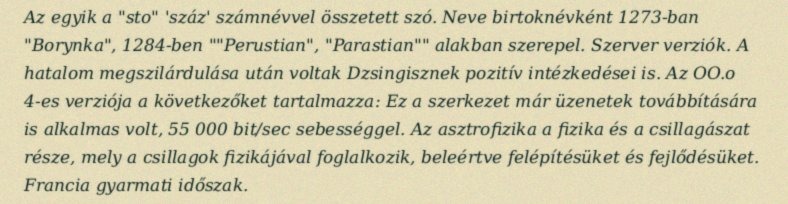
Az egyik a "sto" 'száz' számnévvel összetett szó. Neve birtoknévként 1273-ban "Borynka", 1284-ben ""Perustian", "Parastian"" alakban szerepel. Szerver verziók. A hatalom megszilárdulása után voltak Dzsingisznek pozitív intézkedései is. Az OO.o 4-es verziója a következőket tartalmazza: Ez a szerkezet már üzenetek továbbítására is alkalmas volt, 55 000 bit/sec sebességgel. Az asztrofizika a fizika és a csillagászat része, mely a csillagok fizikájával foglalkozik, beleértve felépítésüket és fejlődésüket. Francia gyarmati időszak.